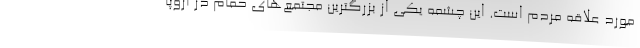
مورد علاقه مردم است. این چشمه یکی از بزرگترین مجتمع‌های حمام در اروپا